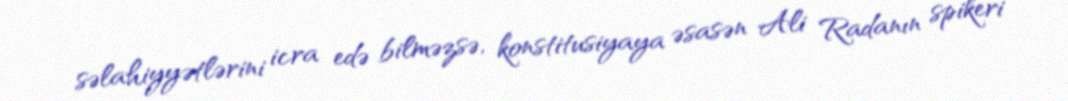
səlahiyyətlərini icra edə bilməzsə, konstitusiyaya əsasən Ali Radanın spikeri